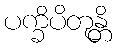
ပက္ခိပိတုန္တိ